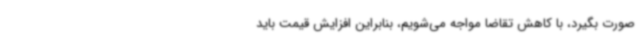
صورت بگیرد، با کاهش تقاضا مواجه می‌شویم، بنابراین افزایش قیمت باید